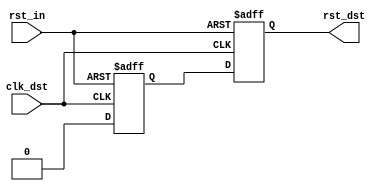
//-----------------------------------------------------------------------------
//  
// MIT License
// Copyright (c) 2022 Advanced Micro Devices, Inc. All rights reserved.
//
// Permission is hereby granted, free of charge, to any person obtaining a copy
// of this software and associated documentation files (the "Software"), to deal
// in the Software without restriction, including without limitation the rights
// to use, copy, modify, merge, publish, distribute, sublicense, and/or sell
// copies of the Software, and to permit persons to whom the Software is
// furnished to do so, subject to the following conditions:
//
// The above copyright notice and this permission notice shall be included in all
// copies or substantial portions of the Software.
//
// THE SOFTWARE IS PROVIDED "AS IS", WITHOUT WARRANTY OF ANY KIND, EXPRESS OR
// IMPLIED, INCLUDING BUT NOT LIMITED TO THE WARRANTIES OF MERCHANTABILITY,
// FITNESS FOR A PARTICULAR PURPOSE AND NONINFRINGEMENT. IN NO EVENT SHALL THE
// AUTHORS OR COPYRIGHT HOLDERS BE LIABLE FOR ANY CLAIM, DAMAGES OR OTHER
// LIABILITY, WHETHER IN AN ACTION OF CONTRACT, TORT OR OTHERWISE, ARISING FROM,
// OUT OF OR IN CONNECTION WITH THE SOFTWARE OR THE USE OR OTHER DEALINGS IN
// SOFTWARE.
//
//  Project  : Programmable Wave Generator
//  Module   : reset_bridge.v
//  Parent   : Various
//  Children : None
//
//  Description: 
//    This is a specialized metastability hardener intended for use in the
//    reset path. The reset will assert ASYNCHRONOUSLY when the input reset is
//    asserted, but will deassert synchronously.
//
//    In designs with asynchronous reset flip-flops, this generates a reset
//    that can meet the "recovery time" requirement of the flip-flop (be sure
//    to enable the recovery time arc checking - ENABLE=reg_sr_r).
//
//    In designs with synchronous resets, it ensures that the reset is
//    available before the first valid clock pulse arrives.
//
//  Parameters:
//    None
//
//  Notes       : 
//
//  Multicycle and False Paths, Timing Exceptions
//    A tighter timing constraint should be placed between the rst_meta
//    and rst_dst flip-flops to allow for meta-stability settling time
//

`timescale 1ns/1ps


module reset_bridge (
  input            clk_dst,      // Destination clock
  input            rst_in,       // Asynchronous reset signal
  output reg       rst_dst       // Synchronized reset signal
);


//***************************************************************************
// Register declarations
//***************************************************************************

  reg           rst_meta;        // After sampling the async rst, this has
                                 // a high probability of being metastable.
                                 // The second sampling (rst_dst) has
                                 // a much lower probability of being
                                 // metastable

//***************************************************************************
// Code
//***************************************************************************

  always @(posedge clk_dst or posedge rst_in)
  begin
    if (rst_in)
    begin
      rst_meta <= 1'b1;
      rst_dst  <= 1'b1;
    end
    else // if !rst_dst
    begin
      rst_meta <= 1'b0;
      rst_dst  <= rst_meta;
    end // if rst
  end // always

endmodule